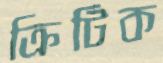
ক্রিটিক